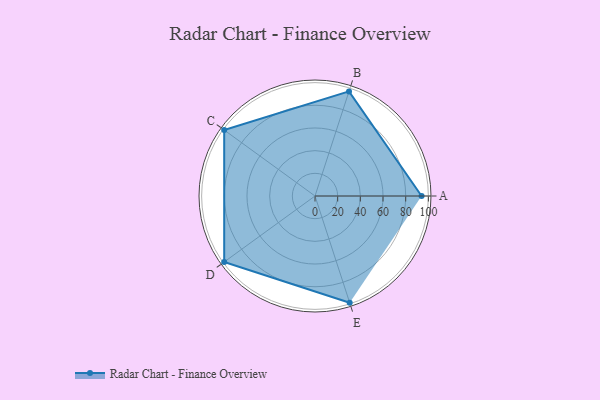
{"axis": {"x": "Skill", "y": "Score"}, "legend": ["Profile"], "data": [{"x": "A", "y": 94.0, "type": "Profile"}, {"x": "B", "y": 97.0, "type": "Profile"}, {"x": "C", "y": 99, "type": "Profile"}, {"x": "D", "y": 99, "type": "Profile"}, {"x": "E", "y": 99, "type": "Profile"}]}